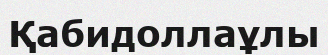
Қабидоллаұлы